Calcutta medical institutions reports 1871-78
Year: 1871
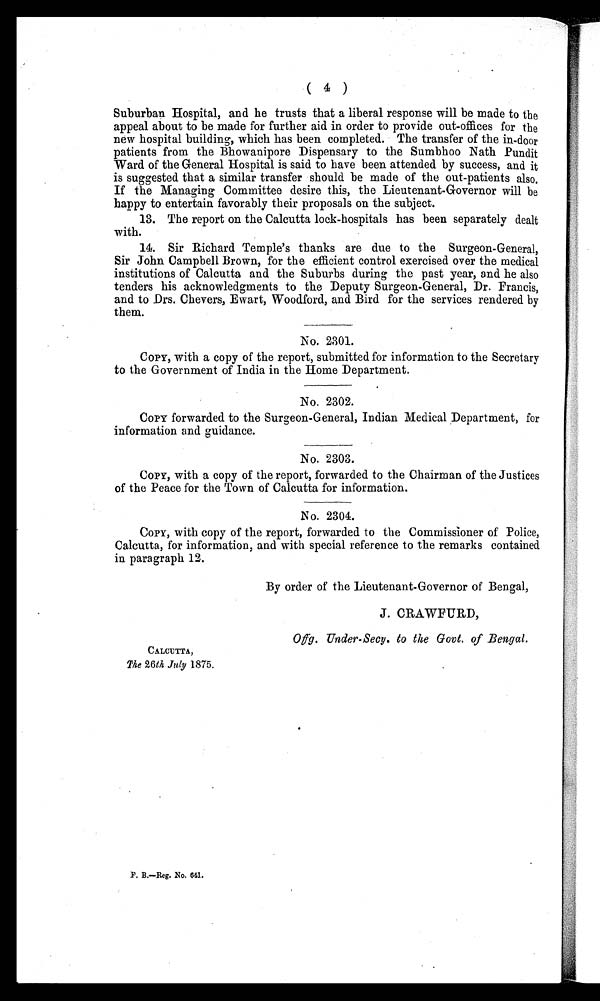
( 4 )
Suburban Hospital, and he trusts that a liberal response will be made to the
appeal about to be made for further aid in order to provide out-offices for the
new hospital building, which has been completed. The transfer of the in-door
patients from the Bhowauipore Dispensary to the Sumbhoo Nath Pundit
Ward of the General Hospital is said to have been attended by success, and it
is suggested that a similar transfer should be made of the out-patients also.
If the Managing Committee desire this, the Lieutenant-Governor will be
happy to entertain favorably their proposals on the subject.
13. The report on the Calcutta lock-hospitals has been separately dealt
with.
14. Sir Richard Temple's thanks are due to the Surgeon-General,
Sir John Campbell Brown, for the efficient control exercised over the medical
institutions of Calcutta and the Suburbs during the past year, and he also
tenders his acknowledgments to the Deputy Surgeon-General, Dr. Francis,
and to Drs. Chevers, Ewart, Woodford, and Bird for the services rendered by
them.
No. 2301.
, COPY, with a copy of the report, submitted for information to the Secretary
to the Government of India in the Home Department.
No. 2302.
COPY, forwarded to the Surgeon-General, Indian Medical Department, for
information and guidance.
No. 2303.
COPY, with a copy of the report, forwarded to the Chairman of the Justices
of the Peace for the Town of Calcutta for information.
No. 2304.
COPY, with copy of the report, forwarded to the Commissioner of Police,
Calcutta, for information, and with special reference to the remarks contained
in paragraph 12.
By order of the Lieutenant-Governor of Bengal,
J. CRAWFURD,
Offg. Under-Secy. to the Govt. of Bengal.
CALCUTTA,
The 26th July 1875.
F. B.—Reg. No. 641.